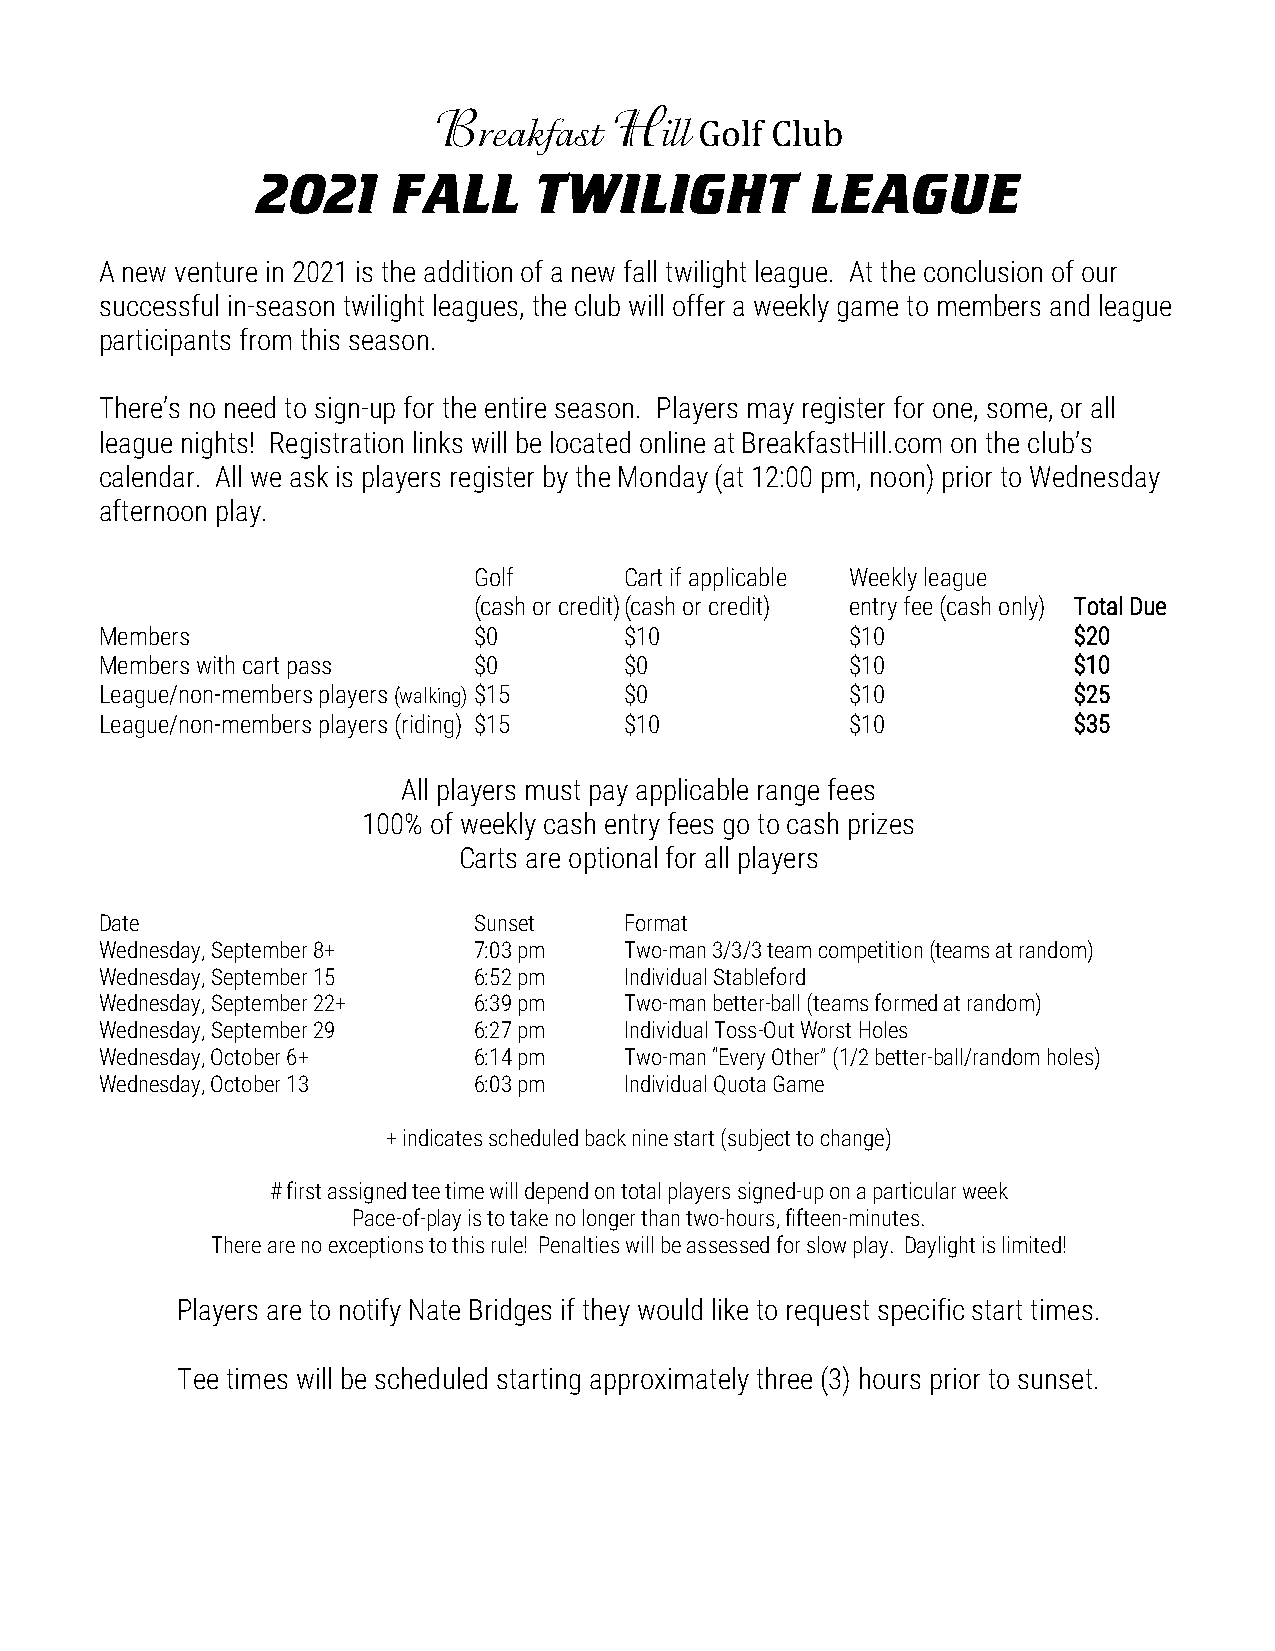
B           H
 reakfast    ill Golf Club
 2021     FALL     TWILIGHT           LEAGUE
 A new venture in 2021 is the addition of a new fall twilight league. At the conclusion of our
 successful in-season twilight leagues, the club will offer a weekly game to members and league
 participants from this season.
 There’s no need to sign-up for the entire season. Players may register for one, some, or all
 league nights! Registration links will be located online at BreakfastHill.com on the club’s
 calendar. All we ask is players register by the Monday (at 12:00 pm, noon) prior to Wednesday
 afternoon play.
 Golf      Cart if applicable Weekly league
 (cash or credit) (cash or credit) entry fee (cash only) Total Due
 Members                 $0        $10            $10            $20
 Members with cart pass  $0        $0             $10            $10
 League/non-members players (walking) $15 $0      $10            $25
 League/non-members players (riding) $15 $10      $10            $35
 All players must pay applicable range fees
 100% of weekly cash entry fees go to cash prizes
 Carts are optional for all players
 Date                    Sunset    Format
 Wednesday, September 8+ 7:03 pm   Two-man 3/3/3 team competition (teams at random)
 Wednesday, September 15 6:52 pm   Individual Stableford
 Wednesday, September 22+ 6:39 pm  Two-man better-ball (teams formed at random)
 Wednesday, September 29 6:27 pm   Individual Toss-Out Worst Holes
 Wednesday, October 6+   6:14 pm   Two-man “Every Other” (1/2 better-ball/random holes)
 Wednesday, October 13   6:03 pm   Individual Quota Game
 + indicates scheduled back nine start (subject to change)
 # first assigned tee time will depend on total players signed-up on a particular week
 Pace-of-play is to take no longer than two-hours, fifteen-minutes.
 There are no exceptions to this rule! Penalties will be assessed for slow play. Daylight is limited!
 Players are to notify Nate Bridges if they would like to request specific start times.
 Tee times will be scheduled starting approximately three (3) hours prior to sunset.